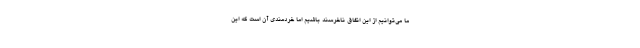
ما می‌توانیم از این اتفاق ناخرسند باشیم اما خردمندی آن است که این